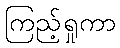
ကြည့်ရှုကာ